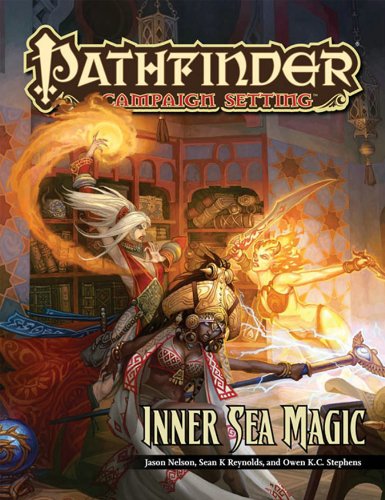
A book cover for Pathfinder Campaign Setting: Inner Sea Magic; Jason Nelson; Science Fiction & Fantasy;